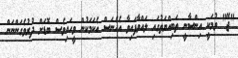
"ޖޭ" ވުމަކީ އިންސާނީ ތަބިއްޔަތުގައި ލައްވާފައިވާ އެހެނަސް އެކަމަކުން ވީހައިވެސް ބޮޑަށް ދުރުވެގަންނަން